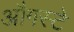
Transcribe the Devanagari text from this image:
औगस्टे